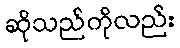
ဆိုသည်ကိုလည်း